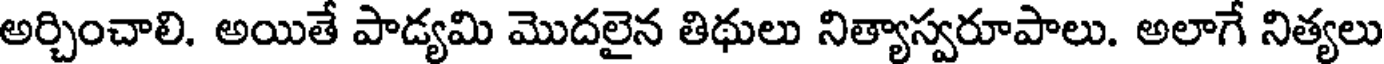
అర్చించాలి. అయితే పాడ్యమి మొదలైన తిథులు నిత్యాస్వరూపాలు. అలాగే నిత్యలు